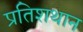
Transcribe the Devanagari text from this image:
प्रतिशथान